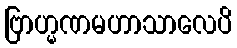
ဗြာဟ္မဏမဟာသာလေပိ